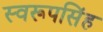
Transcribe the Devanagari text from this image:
स्वरूपसिंह